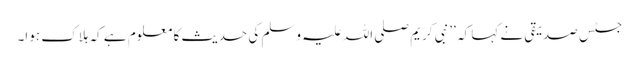
جسٹس صدیقی نے کہا کہ ’’نبی کریم صلی اللہ علیہ وسلم کی حدیث کا معلوم ہے کہ ہلاک ہوا۔